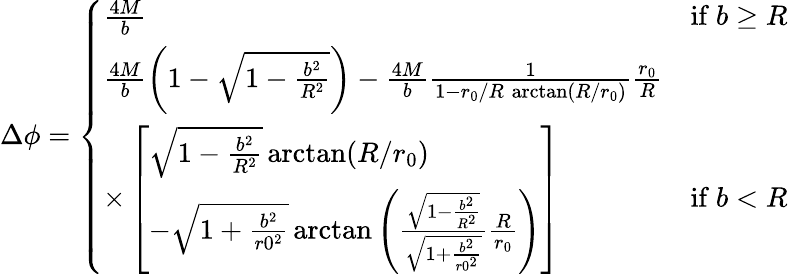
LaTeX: \Delta\phi=\left\{ \begin{array}{ll}{{\frac{4M}{b}}}&{{\mathrm{if}\ b\geq R}}\\ {{\frac{4M}{b}\left(1-\sqrt{1-\frac{b^{2}}{R^{2}}}\right)-\frac{4M}{b}\frac{1}{1-r_{0}/R\, \arctan(R/r_{0})}\frac{r_{0}}{R}}}\\ {{\times\left[\begin{array}{l}{{\sqrt{1-\frac{b^{2}}{R^{2}}}\arctan(R/r_{0})}}\\ {{-\sqrt{1+\frac{b^{2}}{r0^{2}}}\arctan\left(\frac{\sqrt{1-\frac{b^{2}}{R^{2}}}}{\sqrt{1+\frac{b^{2}}{r0^{2}}}}\frac{R}{r_{0}}\right)}}\end{array}\right]}}&{{\mathrm{if}\ b<R}}\end{array}\right.